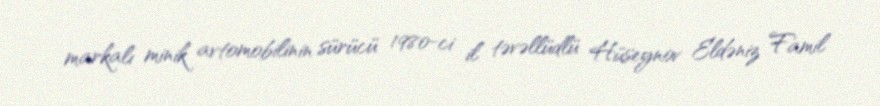
markalı minik avtomobilinin sürücü 1980-ci il təvəllüdlü Hüseynov Eldəniz Famil